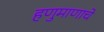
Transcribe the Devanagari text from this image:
हणुमाणाचे